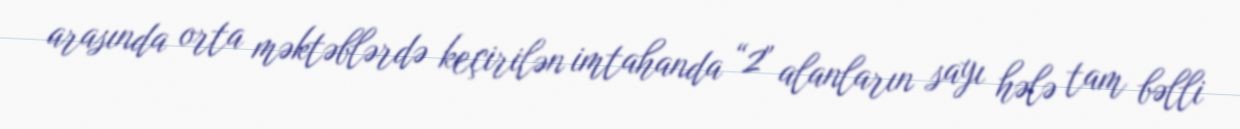
arasında orta məktəblərdə keçirilən imtahanda “2" alanların sayı hələ tam bəlli